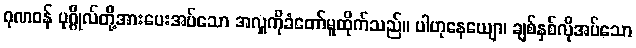
ဂုဏဝန် ပုဂ္ဂိုလ်တို့အားပေးအပ်သော အလှူကိုခံတော်မူထိုက်သည်။ ပါဟုနေယျော၊ ချစ်နှစ်လိုအပ်သော